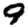
Digit: 9